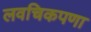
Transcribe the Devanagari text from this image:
लवचिकपणा